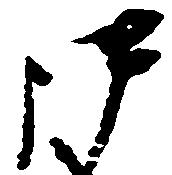
御